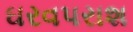
ઘરવપરાશ